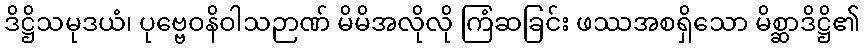
ဒိဋ္ဌိသမုဒယံ၊ ပုဗ္ဗေဝနိဝါသဉာဏ် မိမိအလိုလို ကြံဆခြင်း ဖဿအစရှိသော မိစ္ဆာဒိဋ္ဌိ၏